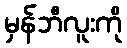
မှန်ဘီလူးကို